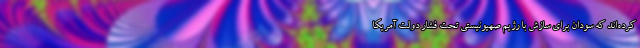
کرده‌اند که سودان برای سازش با رژیم صهیونیستی تحت فشار دولت آمریکا